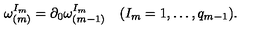
\omega _ { ( m ) } ^ { I _ { m } } = \partial _ { 0 } \omega _ { ( m - 1 ) } ^ { I _ { m } } \quad ( I _ { m } = 1 , \ldots , q _ { m - 1 } ) .